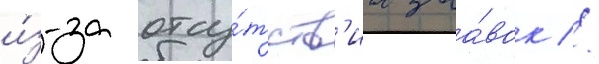
и́з-за отсу́тств'иа заа́вок //